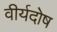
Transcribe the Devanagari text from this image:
वीर्यदोष